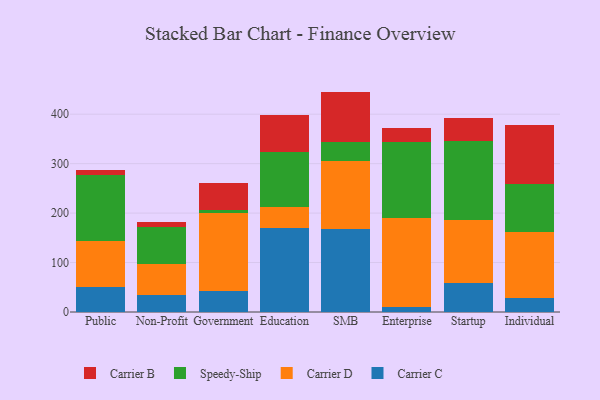
{"axis": {"x": "Segment", "y": "Energy Usage (MWh)"}, "legend": ["Carrier B", "Carrier C", "Carrier D", "Speedy-Ship"], "data": [{"x": "Public", "y": 50.0, "type": "Carrier C"}, {"x": "Public", "y": 93.9, "type": "Carrier D"}, {"x": "Public", "y": 132.8, "type": "Speedy-Ship"}, {"x": "Public", "y": 9.6, "type": "Carrier B"}, {"x": "Non-Profit", "y": 34.9, "type": "Carrier C"}, {"x": "Non-Profit", "y": 62.3, "type": "Carrier D"}, {"x": "Non-Profit", "y": 75.1, "type": "Speedy-Ship"}, {"x": "Non-Profit", "y": 8.8, "type": "Carrier B"}, {"x": "Government", "y": 41.8, "type": "Carrier C"}, {"x": "Government", "y": 157.6, "type": "Carrier D"}, {"x": "Government", "y": 7.2, "type": "Speedy-Ship"}, {"x": "Government", "y": 54.6, "type": "Carrier B"}, {"x": "Education", "y": 169.5, "type": "Carrier C"}, {"x": "Education", "y": 43.6, "type": "Carrier D"}, {"x": "Education", "y": 110.0, "type": "Speedy-Ship"}, {"x": "Education", "y": 74.5, "type": "Carrier B"}, {"x": "SMB", "y": 166.9, "type": "Carrier C"}, {"x": "SMB", "y": 138.9, "type": "Carrier D"}, {"x": "SMB", "y": 39.0, "type": "Speedy-Ship"}, {"x": "SMB", "y": 100.9, "type": "Carrier B"}, {"x": "Enterprise", "y": 10.5, "type": "Carrier C"}, {"x": "Enterprise", "y": 179.0, "type": "Carrier D"}, {"x": "Enterprise", "y": 153.7, "type": "Speedy-Ship"}, {"x": "Enterprise", "y": 28.1, "type": "Carrier B"}, {"x": "Startup", "y": 59.4, "type": "Carrier C"}, {"x": "Startup", "y": 126.8, "type": "Carrier D"}, {"x": "Startup", "y": 159.7, "type": "Speedy-Ship"}, {"x": "Startup", "y": 45.8, "type": "Carrier B"}, {"x": "Individual", "y": 29.1, "type": "Carrier C"}, {"x": "Individual", "y": 133.1, "type": "Carrier D"}, {"x": "Individual", "y": 96.0, "type": "Speedy-Ship"}, {"x": "Individual", "y": 119.9, "type": "Carrier B"}]}